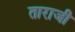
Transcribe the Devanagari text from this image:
ताराजी